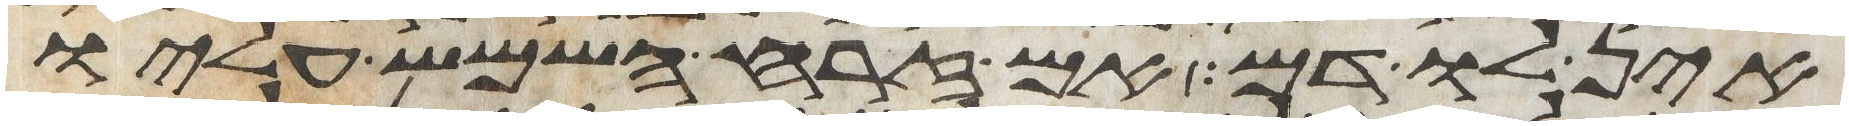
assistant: אין לו דם אם זרחה השמש עליו